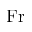
\mathrm { F r }